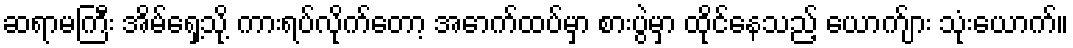
ဆရာမကြီး အိမ်ရှေ့သို့ ကားရပ်လိုက်တော့ အောက်ထပ်မှာ စားပွဲမှာ ထိုင်နေသည့် ယောက်ျား သုံးယောက်။